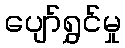
ပျော်ရွှင်မှု